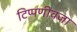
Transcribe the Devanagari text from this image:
टिप्पणीवजा